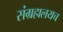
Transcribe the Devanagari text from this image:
संग्रहालयच